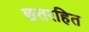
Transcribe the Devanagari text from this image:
छतरहित